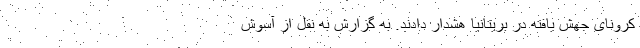
کرونای جهش یافته در بریتانیا هشدار دادند. به گزارش به نقل از آسوش